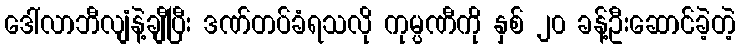
ဒေါ်လာဘီလျံနဲ့ချီပြီး ဒဏ်တပ်ခံရသလို ကုမ္ပဏီကို နှစ် ၂၀ ခန့်ဦးဆောင်ခဲ့တဲ့